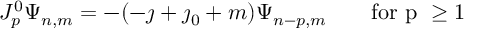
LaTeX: J _ { p } ^ { 0 } \Psi _ { n , m } = - ( - \jmath + \jmath _ { 0 } + m ) \Psi _ { n - p , m } \qquad \mathrm { f o r ~ p ~ \geq 1 ~ }